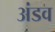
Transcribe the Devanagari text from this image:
अंडव